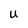
Character: U